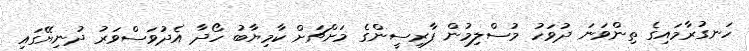
ހަނގުރާމައިގެ ތިންވަނަ ދުވަހު މުސްލިމުން ފާރިސީންގެ މަށްޗަށް ކާމިޔާބު ހޯދާ އެދުވަސްވަރު ދުނިޔޭގައި